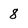
Character: 8